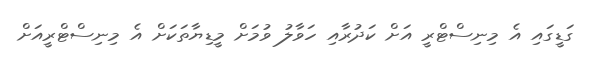
ގަޑީގައި އެ މިނިސްޓްރީ އަށް ކަދުރާއި ހަވާލު ވުމަށް މީޑިޔާތަކަށް އެ މިނިސްޓްރީއަށް